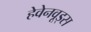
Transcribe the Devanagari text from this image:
हेवेनवूड्स